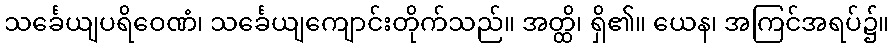
သင်္ခေယျပရိဝေဏံ၊ သင်္ခေယျကျောင်းတိုက်သည်။ အတ္ထိ၊ ရှိ၏။ ယေန၊ အကြင်အရပ်၌။